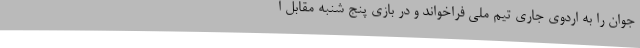
جوان را به اردوی جاری تیم ملی فراخواند و در بازی پنج شنبه مقابل ا